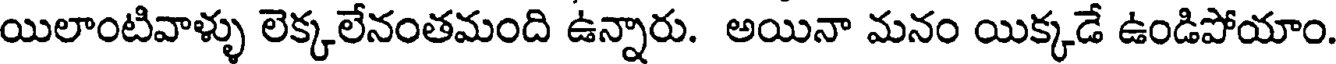
యిలాంటివాళ్ళు లెక్కలేనంతమంది ఉన్నారు. అయినా మనం యిక్కడే ఉండిపోయాం.